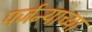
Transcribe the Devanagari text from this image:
पर्जन्याच्या